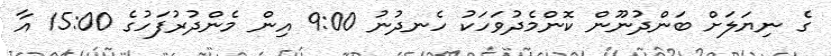
ގެ ނިޔަލަށް ބަންދުނޫން ކޮންމެދުވަހަކު ހެނދުނު 9:00 އިން މެންދުރުފަހުގެ 15:00 އާ